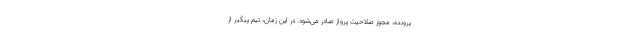
پرونده، مجوز صلاحیت پرواز صادر می‌شود. در این زمان، تیم پیگیر از